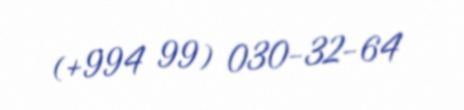
(+994 99) 030-32-64